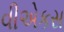
વીએકસ